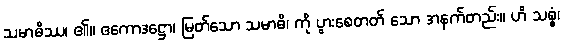
သမာဓိဿ၊ ၏။ ဧကောဒဋ္ဌော၊ မြတ်သော သမာဓိ၊ ကို ပွားစေတတ် သော အနက်တည်း။ ဟိ သစ္စံ၊